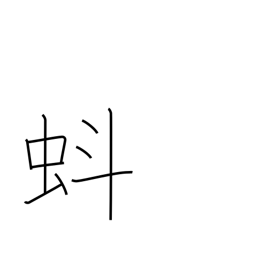
Meaning: tadpole